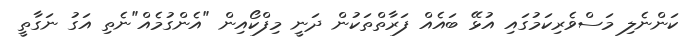
ކަންނެލި މަސްވެރިކަމުގައި އުޅޭ ބައެއް ފަރާތްތަކުން ދަނީ މިފްކޯއިން "އެންގުމެއް"ނެތި އަގު ނަގާތީ